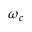
\omega _ { c }